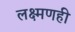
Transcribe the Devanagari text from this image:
लक्ष्मणही